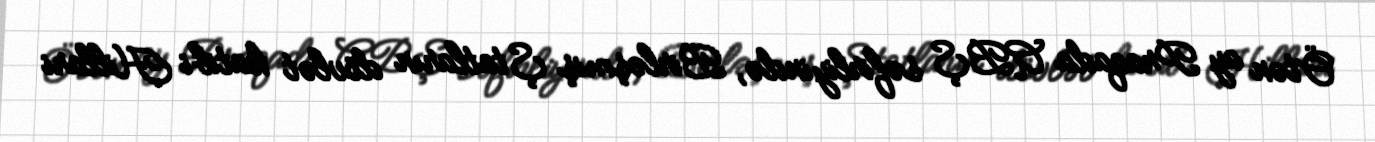
Ötən ay Praqada ABŞ səfirliyində, Birləşmiş Ştatların dövlət katibi Hillari